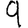
Digit: 9